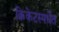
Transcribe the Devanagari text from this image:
क्रिकेटस्पर्धेत